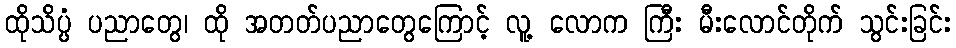
ထိုသိပ္ပံ ပညာတွေ၊ ထို အတတ်ပညာတွေကြောင့် လူ့ လောက ကြီး မီးလောင်တိုက် သွင်းခြင်း